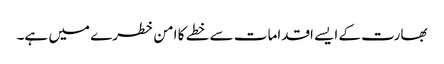
بھارت کے ایسے اقدامات سے خطے کا امن خطرے میں ہے۔